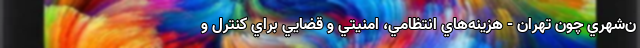
ن‌شهري چون تهران - هزينه‌هاي انتظامي، امنيتي و قضايي براي كنترل و